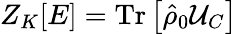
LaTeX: Z_{K}[E]=\mathrm{Tr}\left[\hat{\rho}_{0}{\cal U}_{C}\right]